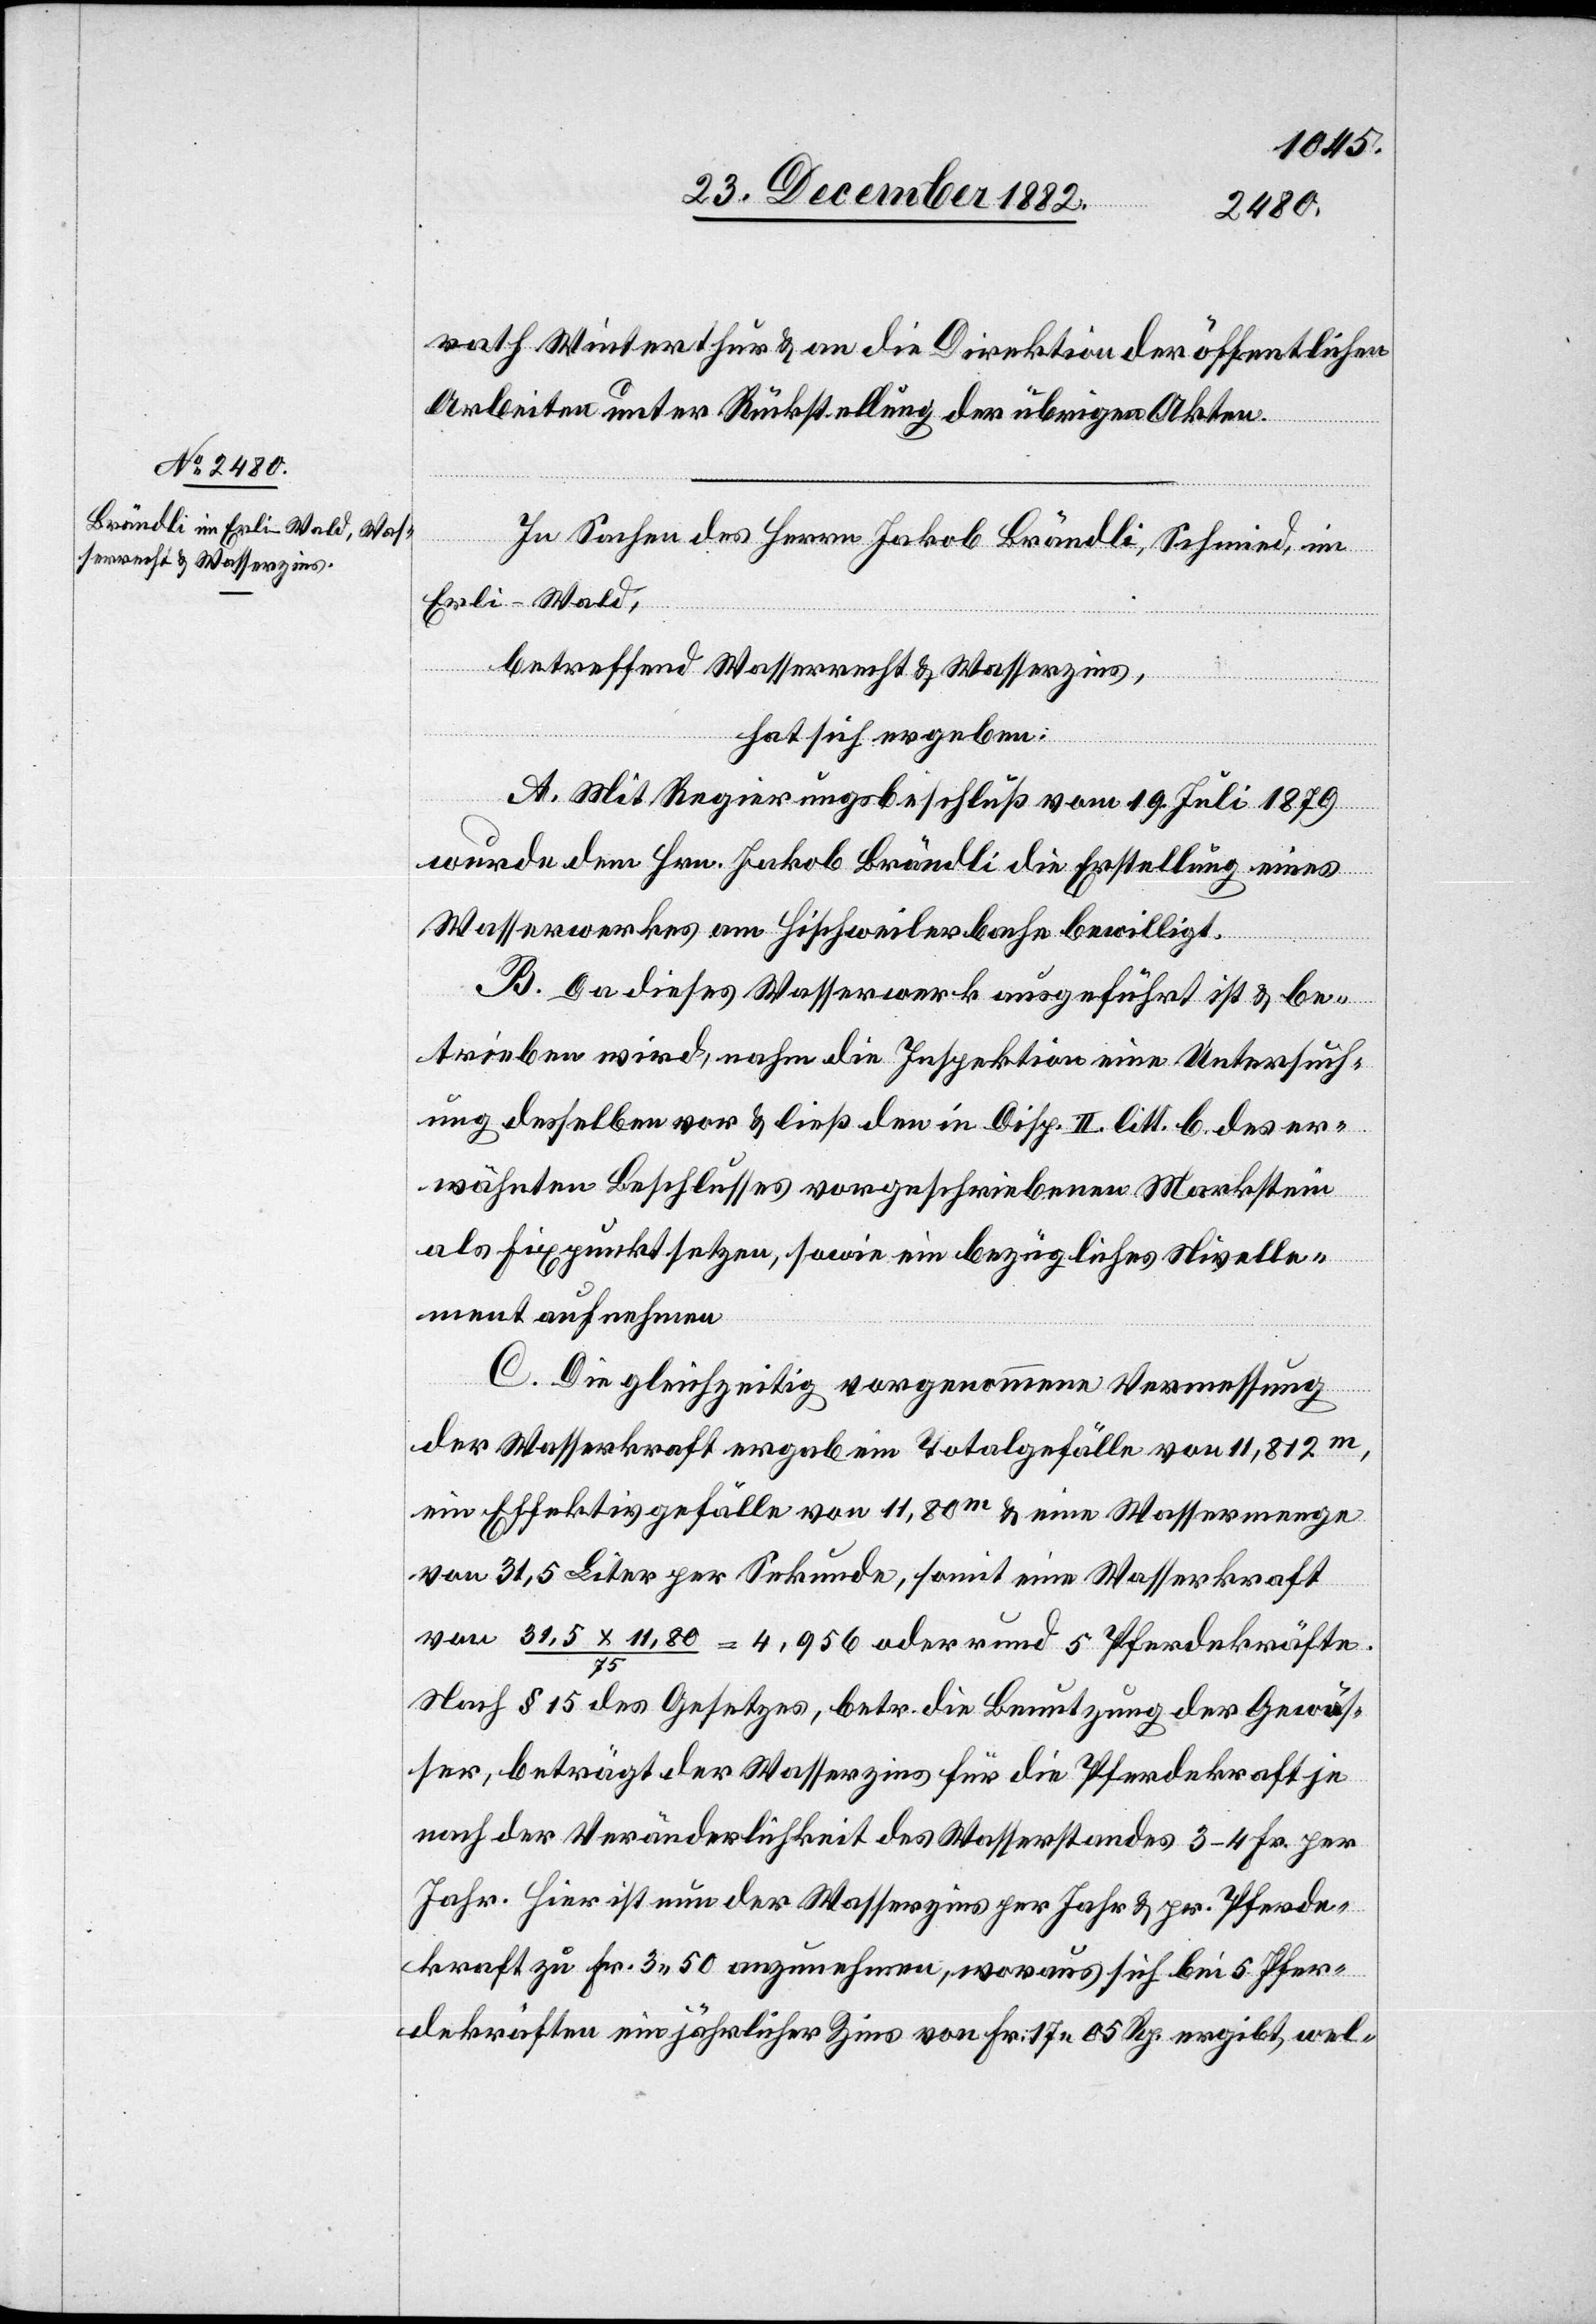
rath Winterthur & an die Direktion der öffentlichen
Arbeiten unter Rückstellung der übrigen Akten.
In Sachen des Herrn Jakob Brändli, Schmid, im
Erli-Wald,
betreffend Wasserrecht & Wasserzins,
hat sich ergeben:
A. Mit Regierungsbeschluß vom 19. Juli 1879
wurde dem Hrn. Jakob Brändli die Erstellung eines
Wasserwerkes am Hischweilerbache bewilligt.
B. Da dieses Wasserwerk ausgeführt ist & be¬
trieben wird, nahm die Inspektion eine Untersuch¬
ung desselben vor & ließ den in Disp. II litt. b. des er¬
wähnten Beschlusses vorgeschriebenen Markstein
als Fixpunkt setzen, sowie ein bezügliches Nivelle¬
ment aufnehmen.
C. Die gleichzeitig vorgenommene Vermessung
der Wasserkraft ergab ein Totalgefälle von 11,812m,
ein Effektivgefälle von 11,80m & eine Wassermenge
von 31,5 Liter per Sekunde, somit eine Wasserkraft
von 31,5 x 11,80/75 = 4,956 oder rund 5 Pferdekräfte.
Nach § 15 des Gesetzes, betr. die Benutzung der Gewäs¬
ser, beträgt der Wasserzins für die Pferdekraft je
nach Veränderlichkeit des Wasserstandes 3–4 Fr. per
Jahr. Hier ist nun der Wasserzins per Jahr & pr. Pferde¬
kraft zu Fr. 3 50 anzunehmen, woraus sich bei 5 Pfer¬
dekräften ein jährlicher Zins von Fr. 17 05 Rp. ergibt, wel-